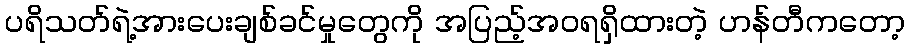
ပရိသတ်ရဲ့အားပေးချစ်ခင်မှုတွေကို အပြည့်အဝရရှိထားတဲ့ ဟန်တီကတော့